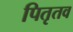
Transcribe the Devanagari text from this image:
पितृतव